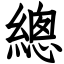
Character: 總